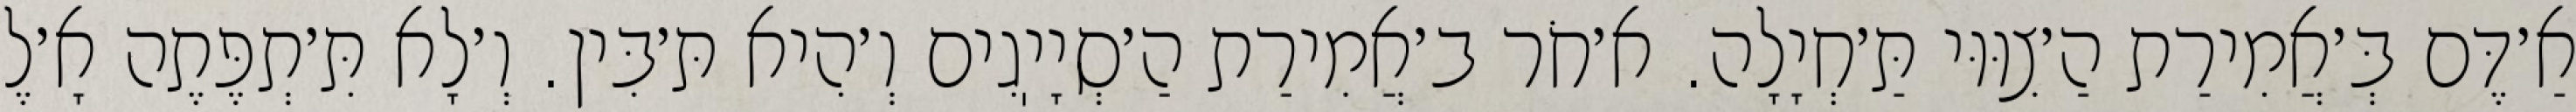
אַ׳דֶּם בְּ׳אֲמִירַת הַ׳צִוּוּי תַּ׳חְיָלָה. א׳חֹר ב׳אֲמִירַת הַ׳סְיָיֽגִים וְ׳הִיא תּ׳בִּין. וְ׳לָא תִּ׳תְפֶּתֶה אָ׳לֶ